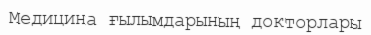
Медицина ғылымдарының докторлары